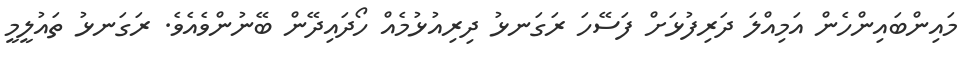
މައިންބައިންހެން އަމިއްލަ ދަރިފުޅަށް ފަސޭހަ ރަގަނޅު ދިރިއުޅުމެއް ހޯދައިދޭން ބޭނުންވެއެވެ. ރަގަނޅު ތައުލީމީ